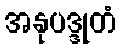
အနုပဒ္ဒုတံ